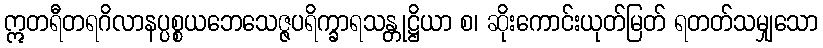
ဣတရီတရဂိလာနပ္ပစ္စယဘေသေဇ္ဇပရိက္ခာရသန္တုဋ္ဌိယာ စ၊ ဆိုးကောင်းယုတ်မြတ် ရတတ်သမျှသော